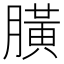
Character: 䐵